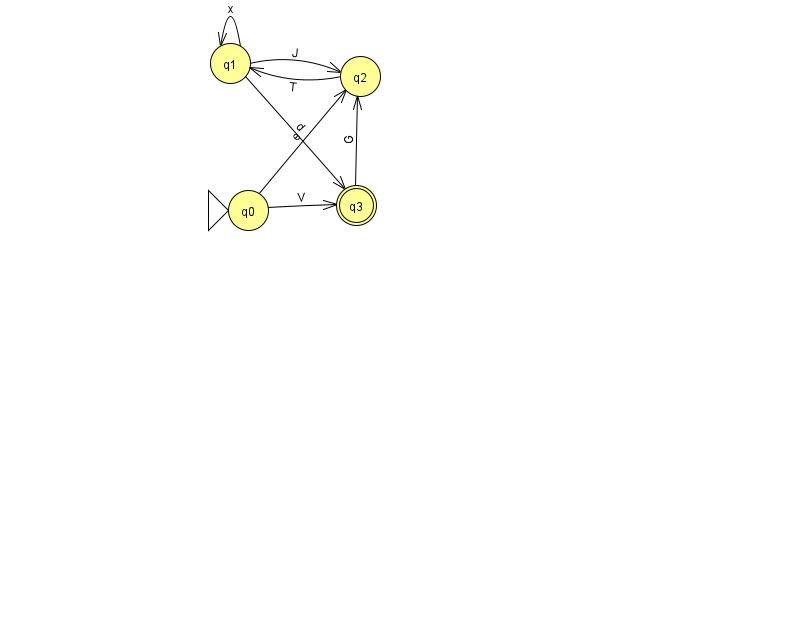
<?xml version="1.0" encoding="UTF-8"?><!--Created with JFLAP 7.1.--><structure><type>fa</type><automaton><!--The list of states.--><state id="0" name="q0"><x>248.0</x><y>197.0</y><initial/></state><state id="1" name="q1"><x>230.0</x><y>50.0</y></state><state id="2" name="q2"><x>360.0</x><y>63.0</y></state><state id="3" name="q3"><x>356.0</x><y>192.0</y><final/></state><!--The list of transitions.--><transition><from>1</from><to>2</to><read>J</read></transition><transition><from>1</from><to>3</to><read>d</read></transition><transition><from>0</from><to>2</to><read>e</read></transition><transition><from>1</from><to>1</to><read>x</read></transition><transition><from>3</from><to>2</to><read>G</read></transition><transition><from>0</from><to>3</to><read>V</read></transition><transition><from>2</from><to>1</to><read>T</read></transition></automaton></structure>